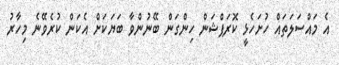
އެ މައްސަލަތައް ހުށަހެޅީ ކޮރަޕްޝަން ހިންގަން ބޭނުންވާ ބަޔަކަށް އެކަން ކުރެވޭނެ މިހާރު